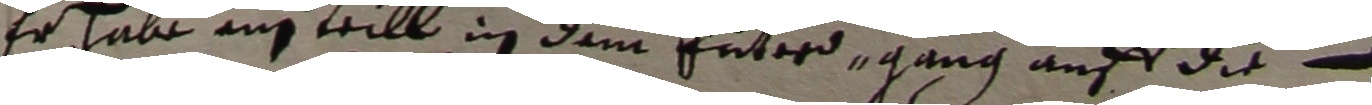
er habe einn teill in dem feterd gang auff die